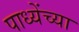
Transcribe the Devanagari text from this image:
पाध्येंच्या